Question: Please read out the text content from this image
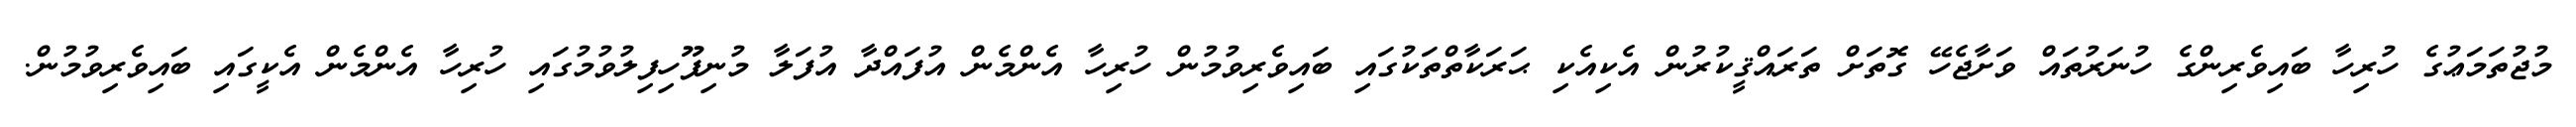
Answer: މުޖުތަމަޢުގެ ހުރިހާ ބައިވެރިންގެ ހުނަރުތައް ވަށާޖެހޭ ގޮތަށް ތަރައްޤީކުރުން އެކިއެކި ޙަރަކާތްތަކުގައި ބައިވެރިވުމުން ހުރިހާ އެންމެން އުފައްދާ އުފަލާ މުނިފޫހިފިލުވުމުގައި ހުރިހާ އެންމެން އެކީގައި ބައިވެރިވުމުން.